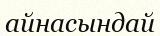
айнасындай